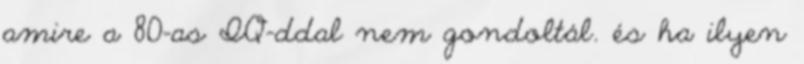
amire a 80-as IQ-ddal nem gondoltál. és ha ilyen